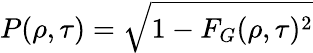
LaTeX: P(\rho,\tau)=\sqrt{1-F_{G}(\rho,\tau)^{2}}